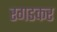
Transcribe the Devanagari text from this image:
रगडकर